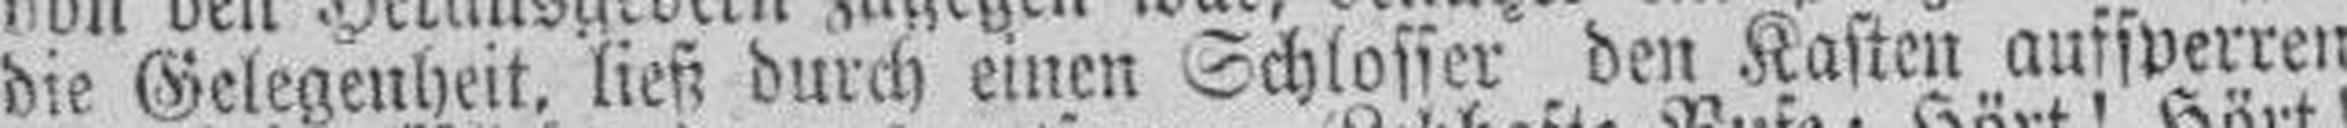
die Gelegenheit, ließ durch einen Schlosser den Kasten aussperren